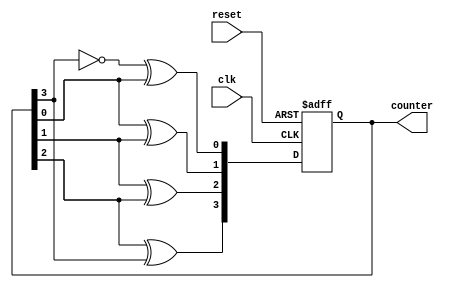
module johnson_counter(
    input clk,
    input reset,
    output reg [3:0] counter // 4-bit counter
);

reg [3:0] next_state;

always @(posedge clk or posedge reset) begin
    if (reset) begin
        counter <= 4'b0000; // initial state
    end else begin
        counter <= next_state;
    end
end

always @* begin
    next_state[0] = ~counter[3] ^ counter[0];
    next_state[1] = counter[0] ^ counter[1];
    next_state[2] = counter[1] ^ counter[2];
    next_state[3] = counter[2] ^ counter[3];
end

endmodule